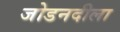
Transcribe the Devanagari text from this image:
जोडनदीला